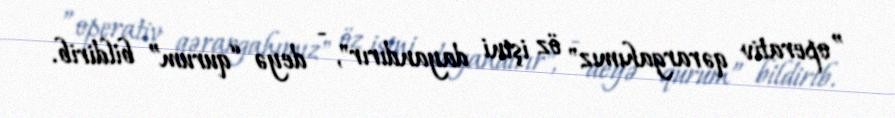
”operativ qərargahımız" öz işini dayandırır", - deyə “qurum” bildirib.